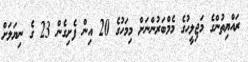
ރައްޔިތުންގެ މަޖިލީހުގެ މެމްބަރުންނަށް މިމަހުގެ 20 އިން ފެށިގެން 23 ގެ ނިޔަލަށް